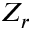
Z _ { r }